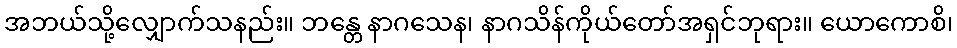
အဘယ်သို့လျှောက်သနည်း။ ဘန္တေ နာဂသေန၊ နာဂသိန်ကိုယ်တော်အရှင်ဘုရား။ ယောကောစိ၊